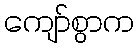
ကျော်စွာက